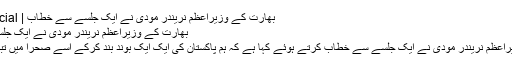
بھارت کے وزیراعظم نریندر مودی نے ایک جلسے سے خطاب | Friday Special
بھارت کے وزیراعظم نریندر مودی نے ایک جلسے سے خطاب
بھارت کے وزیراعظم نریندر مودی نے ایک جلسے سے خطاب کرتے ہوئے کہا ہے کہ ہم پاکستان کی ایک ایک بوند بند کرکے اسے صحرا میں تبدیل کردیں گے۔